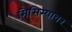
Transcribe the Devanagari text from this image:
मिसिम्यावर